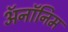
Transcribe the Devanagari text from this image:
ॲनॉनिम